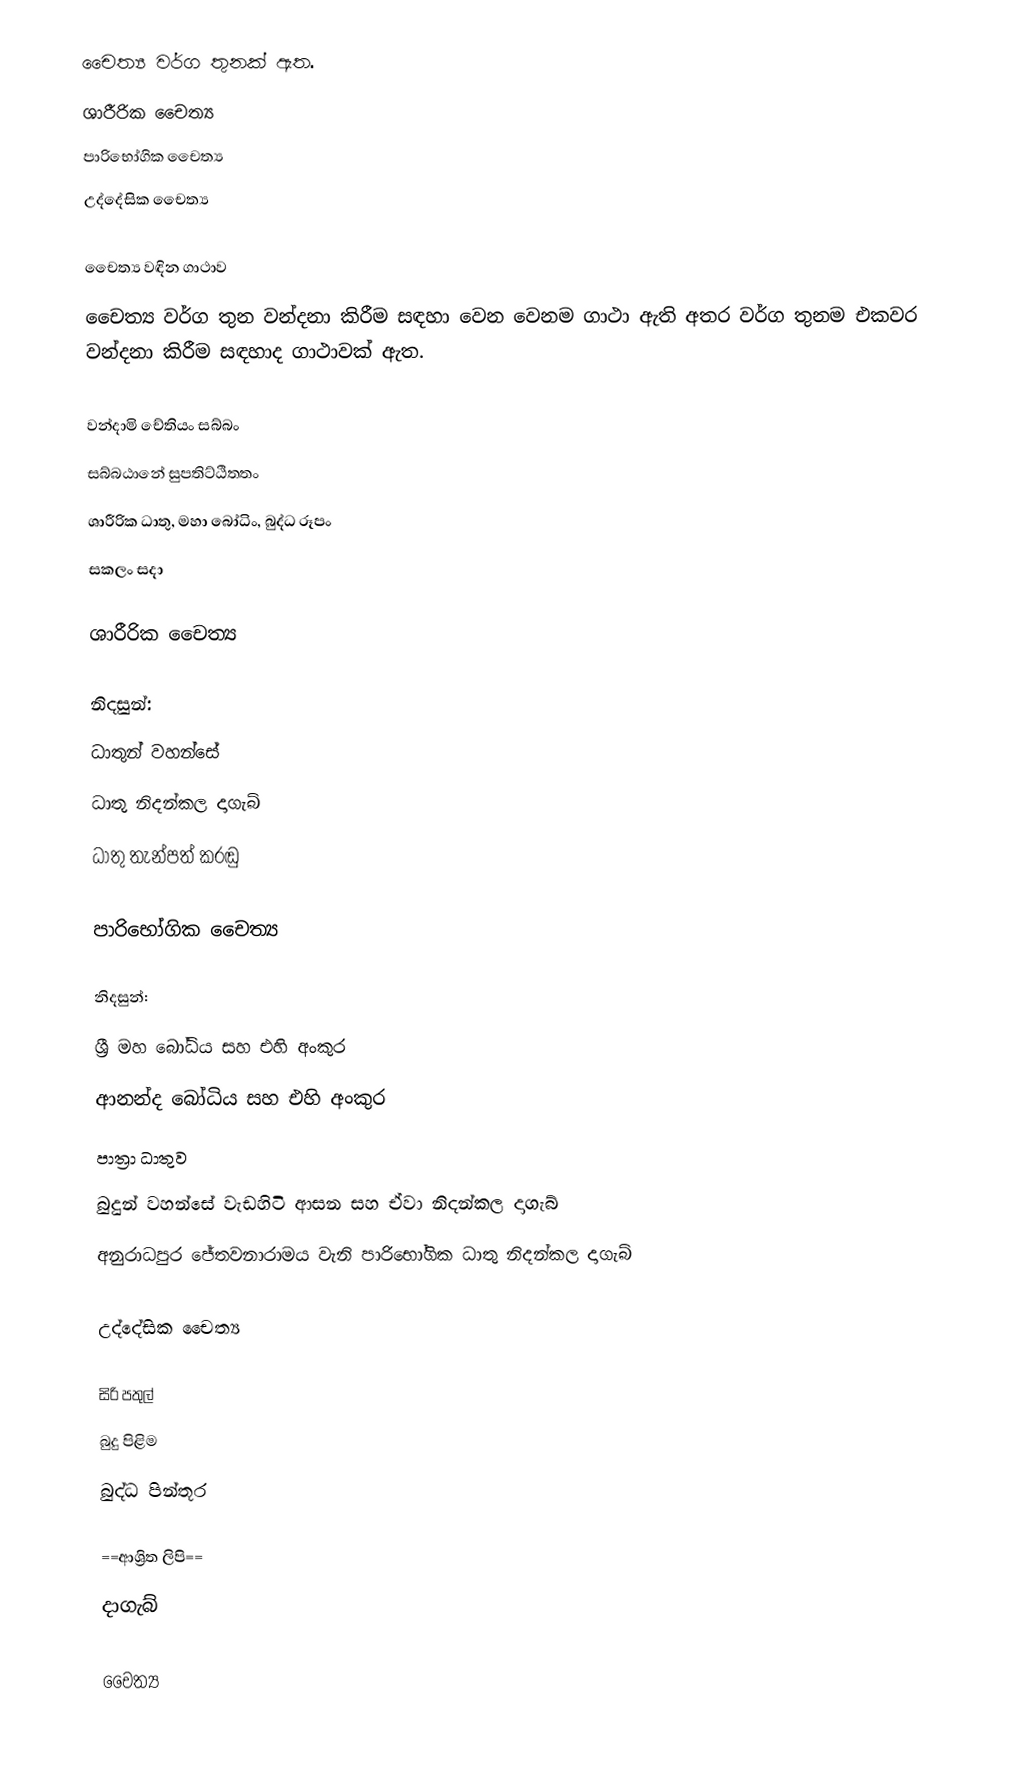
චෛත්‍ය  වර්ග තුනක් ඇත.
 ශාරීරික චෛත්‍ය
 පාරිභෝගික චෛත්‍ය
 උද්දේසික චෛත්‍ය

චෛත්‍ය වඳින ගාථාව
චෛත්‍ය වර්ග තුන වන්දනා කිරීම සඳහා වෙන වෙනම ගාථා ඇති අතර වර්ග තුනම එකවර වන්දනා කිරීම සඳහාද ගාථාවක් ඇත.

 වන්දාමි චේතියං සබ්බං
 සබ්බඨානේ සුපතිට්ඨිතතං
ශාරීරික ධාතු, මහා බෝධිං, බුද්ධ රූපං
සකලං සදා

ශාරීරික චෛත්‍ය

නිදසුන්:
 ධාතුන් වහන්සේ
 ධාතු නිදන්කල දාගැබ්
  ධාතු තැන්පත් කරඬු

පාරිභෝගික චෛත්‍ය

නිදසුන්:
 ශ්‍රී මහ බෝධිය සහ එහි අංකුර
 ආනන්ද බෝධිය සහ එහි අංකුර
 පාත්‍රා ධාතුව
 බුදුන් වහන්සේ වැඩහිටි ආසන සහ ඒවා නිදන්කල දාගැබ්
 අනුරාධපුර ජේතවනාරාමය වැනි පාරිභෝගික ධාතු නිදන්කල දාගැබ්

උද්දේසික චෛත්‍ය

 සිරි පතුල්
 බුදු පිළිම
 බුද්ධ පින්තූර

==ආශ්‍රිත ලිපි==
 දාගැබ්

චෛත්‍ය